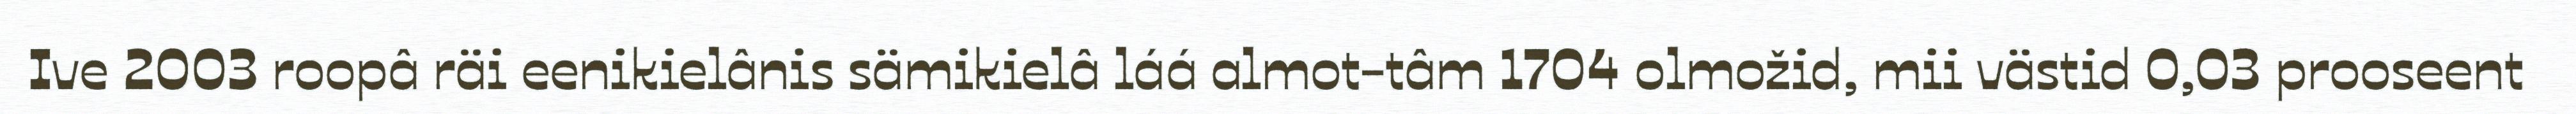
Ive 2003 roopâ räi eenikielânis sämikielâ láá almot-tâm 1704 olmožid, mii västid 0,03 prooseent